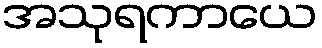
အသုရကာယေ